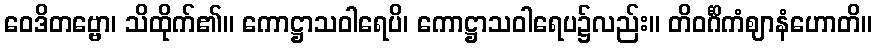
ဝေဒိတဗ္ဗော၊ သိထိုက်၏။ ကောဋ္ဌာသဝါရေပိ၊ ကောဋ္ဌာသဝါရေပ၌လည်း။ တိဝင်္ဂိကံဈာနံဟောတိ။